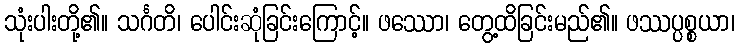
သုံးပါးတို့၏။ သင်္ဂတိ၊ ပေါင်းဆုံခြင်းကြောင့်။ ဖဿော၊ တွေ့ထိခြင်းမည်၏။ ဖဿပ္ပစ္စယာ၊